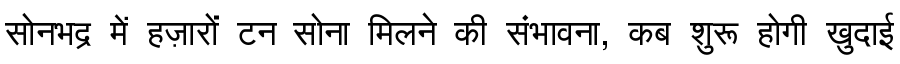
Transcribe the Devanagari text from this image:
सोनभद्र में हज़ारों टन सोना मिलने की संभावना, कब शुरू होगी खुदाई